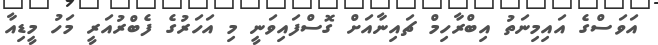
އަވަސްގެ އައިމިނަތު އިބްރާހިމް ޗައިނާއަށް ގޮސްފައިވަނީ މި އަހަރުގެ ފެބްރުއަރީ މަހު މީޑިއާ